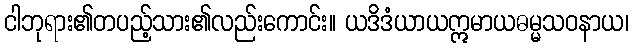
ငါဘုရား၏တပည့်သား၏လည်းကောင်း။ ယဒိဒံယာယဣမာယဓမ္မသဝနာယ၊